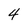
Character: 4